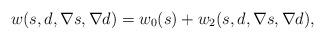
LaTeX: \begin{align*}w(s, d, \nabla s, \nabla d)=w_0(s)+w_2(s, d,\nabla s, \nabla d),\end{align*}